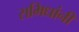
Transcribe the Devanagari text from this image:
समिधांनी